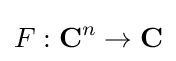
F:{\textbf {C}}^{n}\to {\textbf {C}}